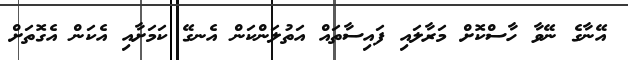
އޭނާގެ ނޭވާ ހާސްކޮށް މަރާލައި ފައިސާތައް އަތުލަންކަން އެނގޭ ކަމަށާއި އެކަން އެގޮތަށް